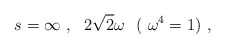
\begin{align*}s = \infty \ , \ \ 2 \sqrt{2} \omega \ \ ( \ \omega^4 = 1 ) \ ,\end{align*}